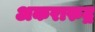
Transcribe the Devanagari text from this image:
अकरारुद्र